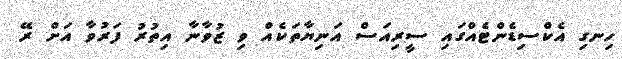
ހިނގި އެކްސިޑެންޓެއްގައި ސީރިއަސް އަނިޔާތަކެއް ވި ޒުވާނާ އިތުރު ފަރުވާ އަށް ރޭ